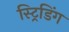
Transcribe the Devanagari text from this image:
स्ट्रिडिंग